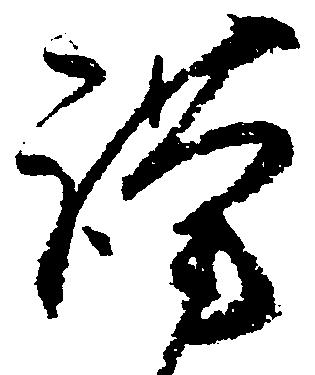
謹